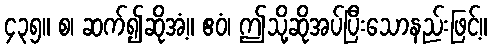
၄၃၅။ စ၊ ဆက်၍ဆိုအံ့။ ဧဝံ၊ ဤသို့ဆိုအပ်ပြီးသောနည်းဖြင့်။